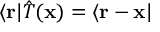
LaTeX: \langle \mathbf { r } | { \hat { T } } ( \mathbf { x } ) = \langle \mathbf { r } - \mathbf { x } |